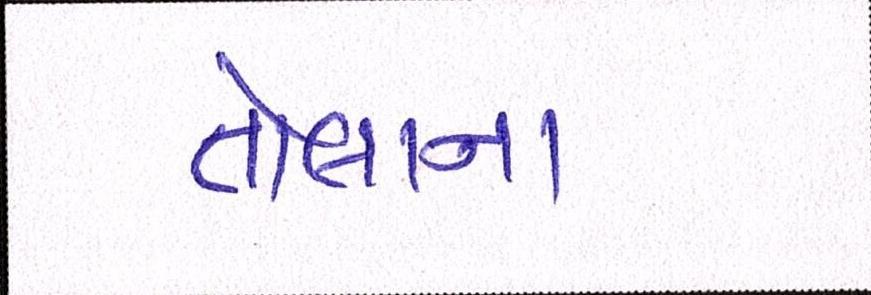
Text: તોલાના